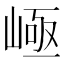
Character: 𡹪